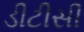
ડીટીસી